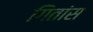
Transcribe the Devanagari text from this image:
गितांस